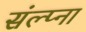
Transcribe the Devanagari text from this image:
संल्प्ना